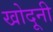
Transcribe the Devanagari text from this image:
खोदूनी